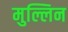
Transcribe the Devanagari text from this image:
मुल्लिन